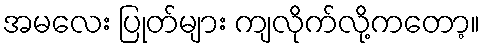
အမလေး ပြုတ်များ ကျလိုက်လို့ကတော့။